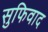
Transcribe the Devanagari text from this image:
सुफिवाद